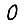
Digit: 0